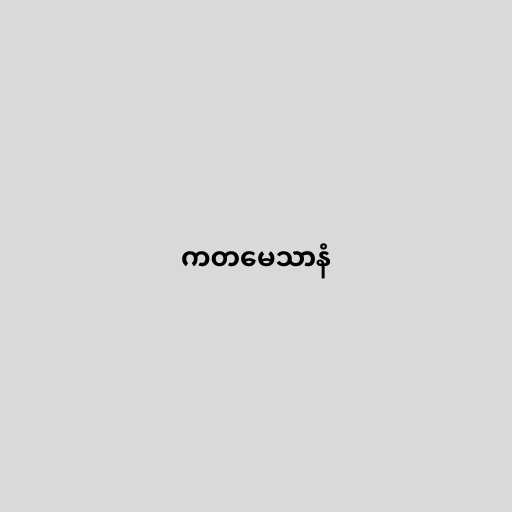
ကတမေသာနံ